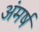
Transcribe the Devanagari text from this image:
अंमर्ष